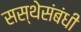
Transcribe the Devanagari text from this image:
सस्थेसंबंधी